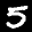
Label: 5